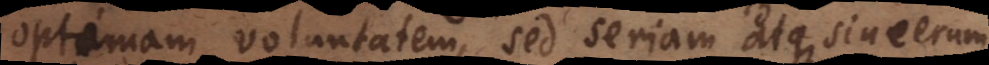
optimam voluntatem, sed seriam atque sincerum